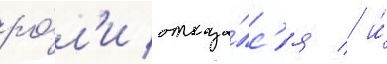
ро́л'и отказа́лс'я / и́